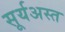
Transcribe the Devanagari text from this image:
सूर्यअस्त